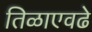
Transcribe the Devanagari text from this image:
तिळाएवढे